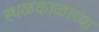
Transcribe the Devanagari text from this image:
स्थळकाळाच्या